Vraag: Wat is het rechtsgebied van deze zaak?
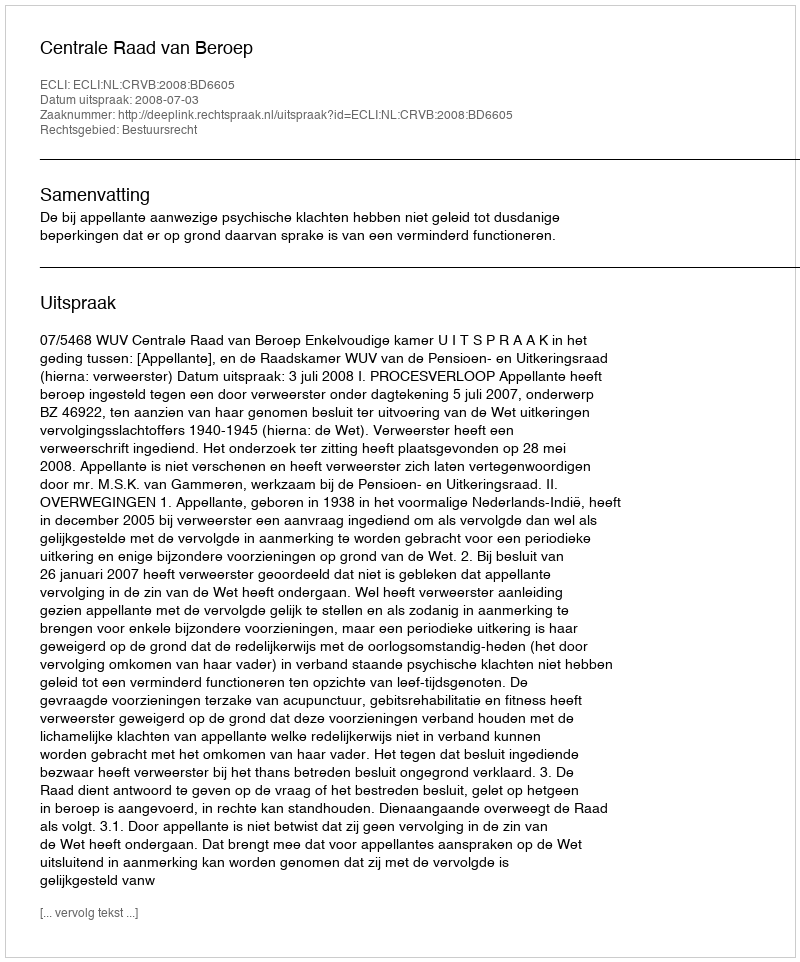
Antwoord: Bestuursrecht